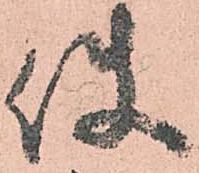
使